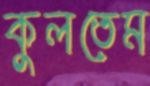
কুলতেম